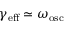
\gamma _ { \mathrm { e f f } } \simeq \omega _ { \mathrm { o s c } }